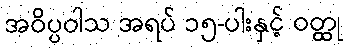
အဝိပ္ပဝါသ အရပ် ၁၅-ပါးနှင့် ဝတ္ထု